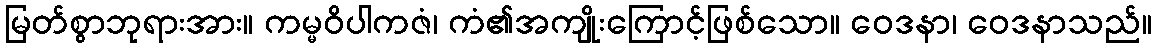
မြတ်စွာဘုရားအား။ ကမ္မဝိပါကဇံ၊ ကံ၏အကျိုးကြောင့်ဖြစ်သော။ ဝေဒနာ၊ ဝေဒနာသည်။